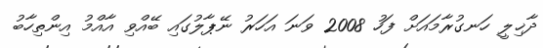
ދާޚިލީ ހަނގުރާމައަށް ފަހު 2008 ވަނަ އަހަރު ނޭޕާލުގައި ބޭއްވި އާއްމު އިންތިހާބު